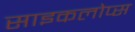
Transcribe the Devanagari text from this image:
साइकलोप्स